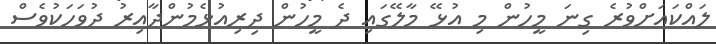
ލައްކައަށްވުރެ ގިނަ މީހުން މި އުޅޭ މާލޭގައި ދެ މީހުން ދިރިއުޅެމުންދާއިރު ދުވަހަކުވެސް